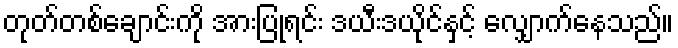
တုတ်တစ်ချောင်းကို အားပြုရင်း ဒယီးဒယိုင်နှင့် လျှောက်နေသည်။